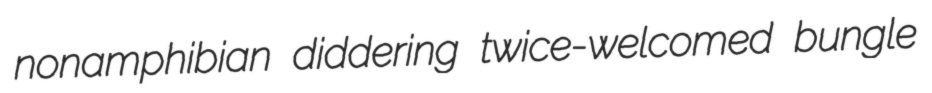
nonamphibian diddering twice-welcomed bungle